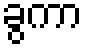
ခွကာ